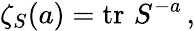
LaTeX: \zeta_{S}(a)=\operatorname{tr}\, S^{-a}\, ,